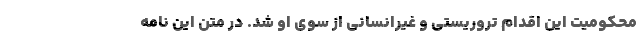
محکومیت این اقدام تروریستی و غیرانسانی از سوی او شد. در متن این نامه